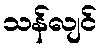
သန်လျင်